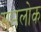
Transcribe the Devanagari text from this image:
सप्तलोक